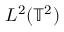
L ^ { 2 } ( \ensuremath { \mathbb { T } } ^ { 2 } )